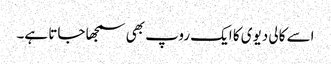
اسے کالی دیوی کا ایک روپ بھی سمجھا جاتا ہے۔